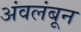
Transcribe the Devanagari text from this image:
अंवलंबून